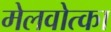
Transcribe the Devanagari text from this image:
मेलवोत्का